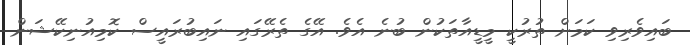
ބައިވެރިވި ކަމަށް ތުރުކީ މީޑީއާތަކުން ބުނެ އެވެ. އޭގެ ތެރޭގައި ނައިބުރައީސް ކޮމިއުނިކޭޝަން